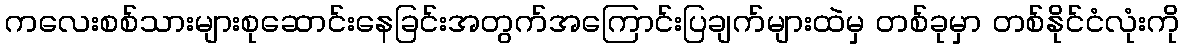
ကလေးစစ်သားများစုဆောင်းနေခြင်းအတွက်အကြောင်းပြချက်များထဲမှ တစ်ခုမှာ တစ်နိုင်ငံလုံးကို